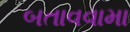
બતાવવામા